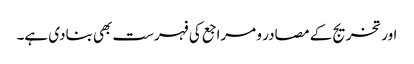
اور تخریج کے مصادر و مراجع کی فہرست بھی بنادی ہے۔